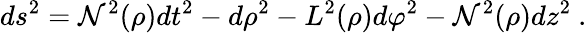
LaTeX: ds^{2}=\mathcal{N}^{2}(\rho)dt^{2}-d\rho^{2}-L^{2}(\rho)d\varphi^{2}-\mathcal{N}^{2}(\rho)dz^{2}\ .